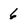
Character: 6